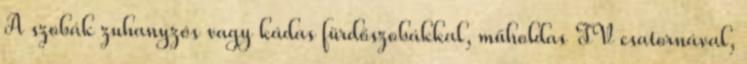
A szobák zuhanyzós vagy kádas fürdőszobákkal, műholdas TV csatornával,